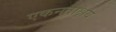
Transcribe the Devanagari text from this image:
एकनताक्षय